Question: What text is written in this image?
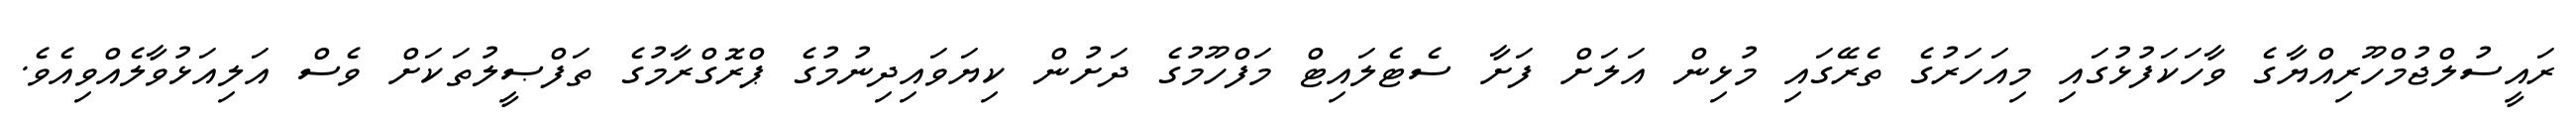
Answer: ރައީސުލްޖުމްހޫރިއްޔާގެ ވާހަކަފުޅުގައި މިއަހަރުގެ ތެރޭގައި މުޅިން އަލަށް ފަށާ ސެޓެލައިޓް މަފްހޫމުގެ ދަށުން ކިޔަވައިދިނުމުގެ ޕްރޮގްރާމުގެ ތަފްޞީލުތަކަށް ވެސް އަލިއަޅުވާލެއްވިއެވެ.